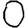
Digit: 0